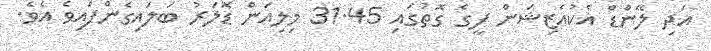
އަދި ލޭންޑް އެކުއެޒިޝަން ފީގެ ގޮތުގައި 31.45 މިލިއަން ޑޮލަރު ބަލައިގެންފައިވެ އެވެ.